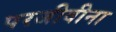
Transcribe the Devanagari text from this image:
परजीवीना